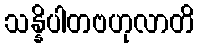
သန္နိပါတဗဟုလာတိ